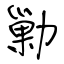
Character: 勦